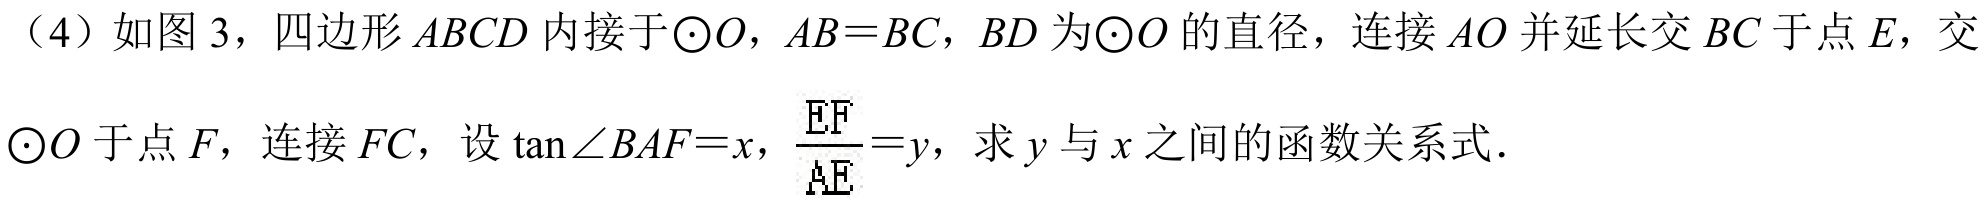
（4）如图 3，四边形\(ABCD\)内接于\(\odot O\)，\(AB = BC\)，\(BD\)为\(\odot O\)的直径，连接\(AO\)并延长交\(BC\)于点\(E\)，交\(\odot O\)于点\(F\)，连接\(FC\)，设\(\tan\angle BAF = x\)，\(\frac{EF}{AE}=y\)，求\(y\)与\(x\)之间的函数关系式．